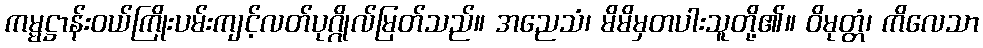
ကမ္မဋ္ဌာန်းဝယ်ကြိုးပမ်းကျင့်လတ်ပုဂ္ဂိုလ်မြတ်သည်။ အညေသံ၊ မိမိမှတပါးသူတို့၏။ ဝိမုတ္တံ၊ ကိလေသာ